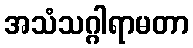
အသံသဂ္ဂါရာမတာ